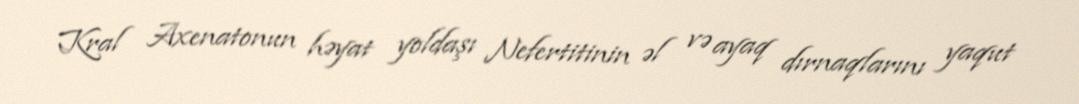
Kral Axenatonun həyat yoldaşı Nefertitinin əl və ayaq dırnaqlarını yaqut